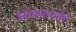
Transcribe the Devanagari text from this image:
आंत्रमार्गात